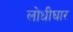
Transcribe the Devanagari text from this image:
लोधीघार